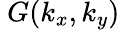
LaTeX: ~G(k_{x},k_{y})